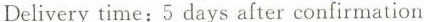
Delivery time: 5 days after confirmation